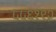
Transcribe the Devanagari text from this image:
५५६१९२